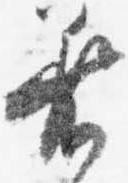
着